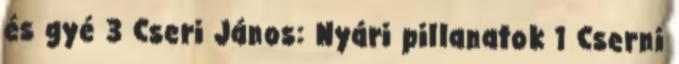
és gyé 3 Cseri János: Nyári pillanatok 1 Cserni